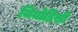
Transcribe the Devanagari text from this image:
थियोडिसी